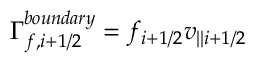
\Gamma _ { f , i + 1 / 2 } ^ { b o u n d a r y } = f _ { i + 1 / 2 } v _ { | | i + 1 / 2 }